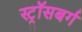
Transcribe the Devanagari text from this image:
स्ट्रॉसबर्ग